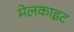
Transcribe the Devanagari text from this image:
मेलकाइट